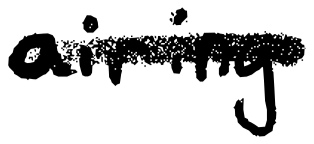
Text: airing
Cross-out: single-line
Writing tool: digital_black